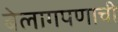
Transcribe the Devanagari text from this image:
बेलागपणाची